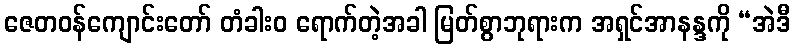
ဇေတဝန်ကျောင်းတော် တံခါးဝ ရောက်တဲ့အခါ မြတ်စွာဘုရားက အရှင်အာနန္ဒကို “အဲဒီ